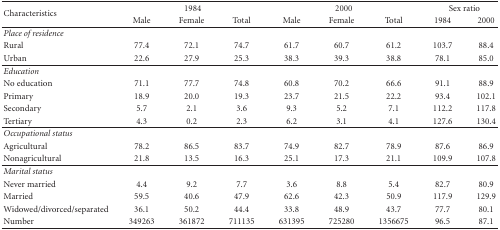
<table><thead><tr><td rowspan="2"><b>Characteristics</b></td><td colspan="3"><b>1984</b></td><td colspan="3"><b>2000</b></td><td colspan="2"><b>Sex ratio</b></td></tr><tr><td><b>Male</b></td><td><b>Female</b></td><td><b>Total</b></td><td><b>Male</b></td><td><b>Female</b></td><td><b>Total</b></td><td><b>1984</b></td><td><b>2000 </b></td></tr></thead><tbody><tr><td><i>Place of residence</i></td><td></td><td></td><td></td><td></td><td></td><td></td><td></td><td></td></tr><tr><td>Rural</td><td>77.4</td><td>72.1</td><td>74.7</td><td>61.7</td><td>60.7</td><td>61.2</td><td>103.7</td><td>88.4</td></tr><tr><td>Urban</td><td> 22.6</td><td> 27.9</td><td> 25.3</td><td> 38.3</td><td> 39.3</td><td> 38.8</td><td> 78.1</td><td> 85.0</td></tr><tr><td><i>Education</i></td><td></td><td></td><td></td><td></td><td></td><td></td><td></td><td></td></tr><tr><td>No education</td><td> 71.1</td><td> 77.7</td><td> 74.8</td><td> 60.8</td><td> 70.2</td><td> 66.6</td><td> 91.1</td><td> 88.9</td></tr><tr><td>Primary</td><td>18.9</td><td>20.0</td><td>19.3</td><td>23.7</td><td>21.5</td><td>22.2</td><td>93.4</td><td>102.1</td></tr><tr><td>Secondary</td><td>5.7</td><td>2.1</td><td>3.6</td><td>9.3</td><td>5.2</td><td>7.1</td><td>112.2</td><td>117.8</td></tr><tr><td>Tertiary</td><td>4.3</td><td>0.2</td><td>2.3</td><td>6.2</td><td>3.1</td><td>4.1</td><td>127.6</td><td>130.4</td></tr><tr><td><i>Occupational status</i></td><td></td><td></td><td></td><td></td><td></td><td></td><td></td><td></td></tr><tr><td>Agricultural</td><td>78.2</td><td>86.5</td><td>83.7</td><td> 74.9</td><td> 82.7</td><td> 78.9</td><td>87.6</td><td>86.9</td></tr><tr><td>Nonagricultural</td><td> 21.8</td><td> 13.5</td><td> 16.3</td><td> 25.1</td><td> 17.3</td><td> 21.1</td><td>109.9</td><td>107.8</td></tr><tr><td><i>Marital status</i></td><td></td><td></td><td></td><td></td><td></td><td></td><td></td><td></td></tr><tr><td>Never married</td><td>4.4</td><td>9.2</td><td>7.7</td><td>3.6</td><td>8.8</td><td> 5.4</td><td>82.7</td><td>80.9</td></tr><tr><td>Married</td><td>59.5</td><td>40.6</td><td>47.9</td><td>62.6</td><td>42.3</td><td>50.9</td><td>117.9</td><td>129.9</td></tr><tr><td>Widowed/divorced/separated</td><td>36.1</td><td>50.2</td><td>44.4</td><td>33.8</td><td>48.9</td><td>43.7</td><td>77.7</td><td>80.1</td></tr><tr><td>Number</td><td>349263</td><td>361872</td><td>711135</td><td>631395</td><td>725280</td><td>1356675</td><td>96.5</td><td>87.1</td></tr></tbody></table>